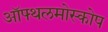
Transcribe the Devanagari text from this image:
ऑफ्थलमोस्कोप